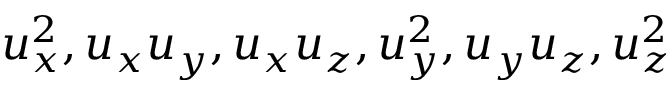
u _ { x } ^ { 2 } , u _ { x } u _ { y } , u _ { x } u _ { z } , u _ { y } ^ { 2 } , u _ { y } u _ { z } , u _ { z } ^ { 2 }